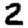
Digit: 2